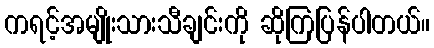
ကရင့်အမျိုးသားသီချင်းကို ဆိုကြပြန်ပါတယ်။